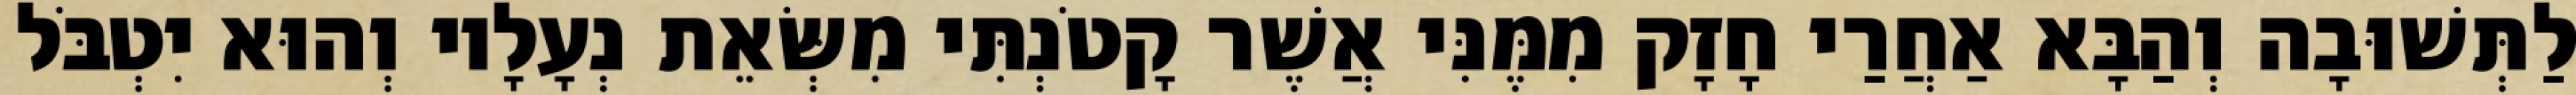
לַתְּשׁוּבָה וְהַבָּא אַחֲרַי חָזָק מִמֶּנִּי אֲשֶׁר קָטֹנְתִּי מִשְּׂאֵת נְעָלָיו וְהוּא יִטְבֹּל